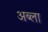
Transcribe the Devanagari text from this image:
अब्ला